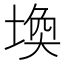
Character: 𪣷